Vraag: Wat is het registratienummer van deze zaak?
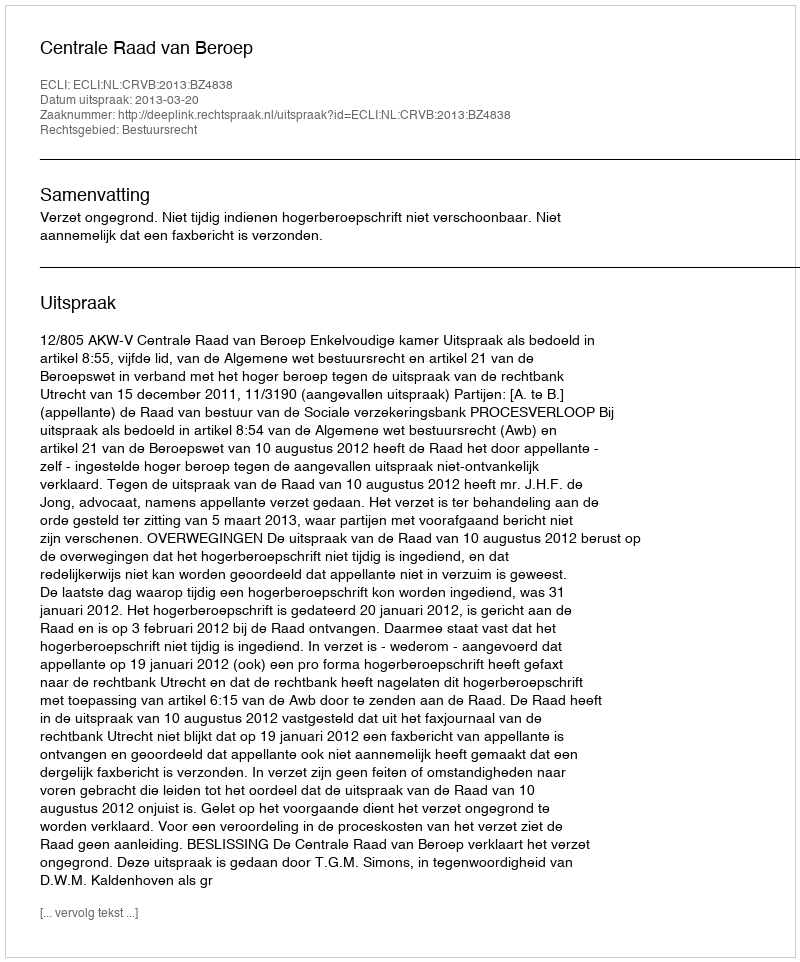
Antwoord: http://deeplink.rechtspraak.nl/uitspraak?id=ECLI:NL:CRVB:2013:BZ4838